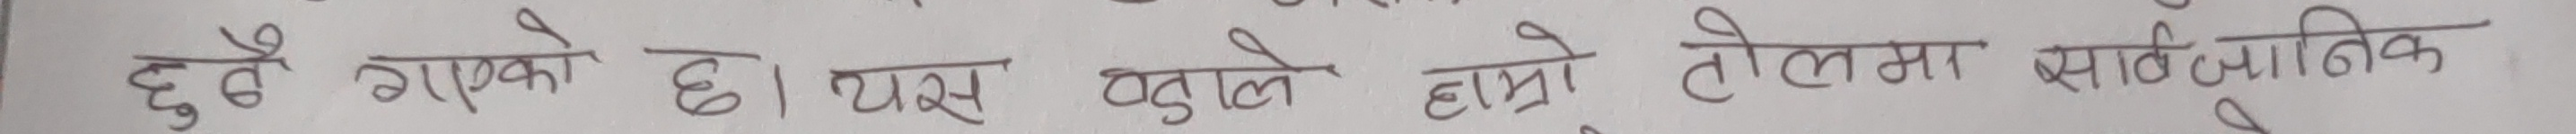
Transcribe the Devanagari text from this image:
दुबै गएको छ। यस वडाले हाम्रो टोलमा सार्वजनिक